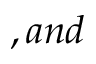
, a n d